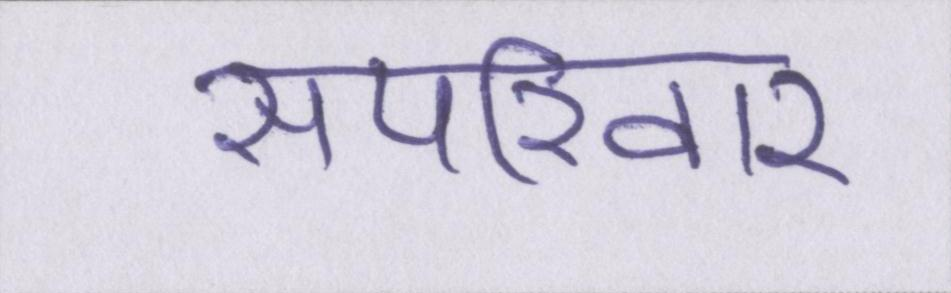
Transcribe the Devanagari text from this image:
सपरिवार